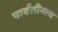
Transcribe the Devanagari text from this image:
पार्वतीनाथ